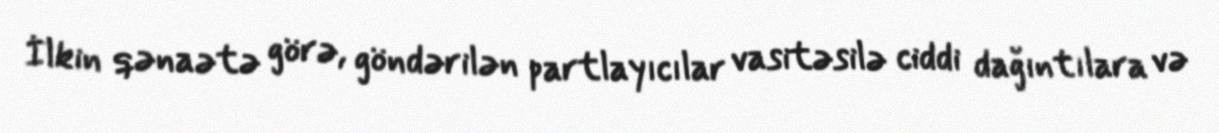
İlkin qənaətə görə, göndərilən partlayıcılar vasitəsilə ciddi dağıntılara və